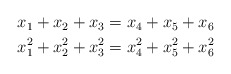
\begin{align*}\begin{aligned}x_{1} + x_{2} + x_{3} &= x_{4} + x_{5} + x_{6}\\x_{1}^{2} + x_{2}^{2} + x_{3}^{2} &= x_{4}^{2} + x_{5}^{2} + x_{6}^{2}\end{aligned}\end{align*}